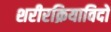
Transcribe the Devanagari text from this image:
शरीरक्रियाविदों